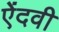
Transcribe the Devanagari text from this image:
ऐंदवी